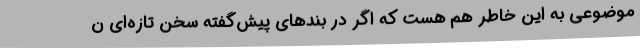
موضوعی به این خاطر هم هست که اگر در بندهای پیش‌گفته سخن تازه‌ای ن